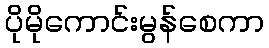
ပိုမိုကောင်းမွန်စေကာ